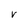
Character: V